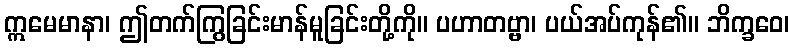
ဣမေမာနာ၊ ဤတက်ကြွခြင်းမာန်မူခြင်းတို့ကို။ ပဟာတဗ္ဗာ၊ ပယ်အပ်ကုန်၏။ ဘိက္ခဝေ၊